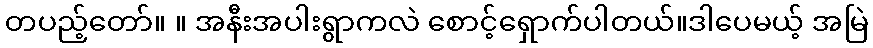
တပည့်တော်။ ။ အနီးအပါးရွာကလဲ စောင့်ရှောက်ပါတယ်။ဒါပေမယ့် အမြဲ